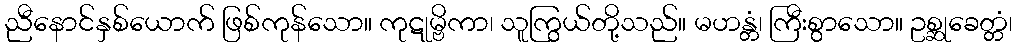
ညီနောင်နှစ်ယောက် ဖြစ်ကုန်သော။ ကုဋုမ္ဗိကာ၊ သူကြွယ်တို့သည်။ မဟန္တံ၊ ကြီးစွာသော။ ဥစ္ဆုခေတ္တံ၊